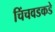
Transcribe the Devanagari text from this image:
चिंचवडकडे